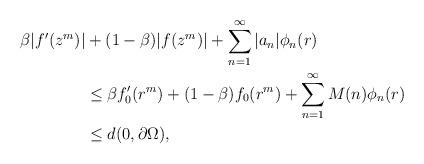
LaTeX: \begin{align*}\beta |f'(z^m)| &+(1-\beta)|f(z^m)| + \sum_{n=1}^{\infty}|a_n|\phi_{n}(r)\\&\leq \beta f'_{0}(r^m)+ (1-\beta)f_{0}(r^m) +\sum_{n=1}^{\infty} M(n) \phi_{n}(r)\\& \leq d(0, \partial{\Omega}),\end{align*}